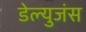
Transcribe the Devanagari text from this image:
डेल्युजंस